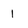
Character: 1